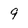
Character: 9